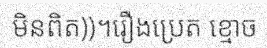
មិនពិត))។រឿងប្រេត ខ្មោច